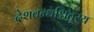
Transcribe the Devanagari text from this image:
देशबन्धश्चितस्य